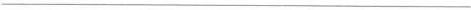
___